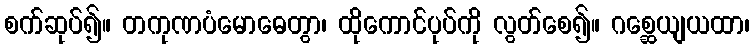
စက်ဆုပ်၍။ တကုဏပံမောဓေတွာ၊ ထိုကောင်ပုပ်ကို လွတ်စေ၍။ ဂစ္ဆေယျယထာ၊